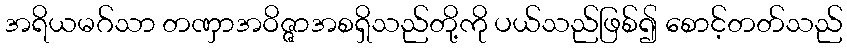
အရိယမဂ်သာ တဏှာအဝိဇ္ဇာအစရှိသည်တို့ကို ပယ်သည်ဖြစ်၍ စောင့်တတ်သည်